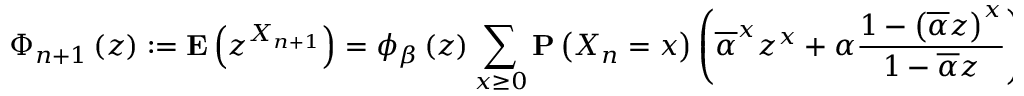
\Phi _ { n + 1 } \left( z \right) : = { \bf E } \left( z ^ { X _ { n + 1 } } \right) = \phi _ { \beta } \left( z \right) \sum _ { x \geq 0 } { \bf P } \left( X _ { n } = x \right) \left( \overline { { \alpha } } ^ { x } z ^ { x } + \alpha \frac { 1 - \left( \overline { { \alpha } } z \right) ^ { x } } { 1 - \overline { { \alpha } } z } \right)